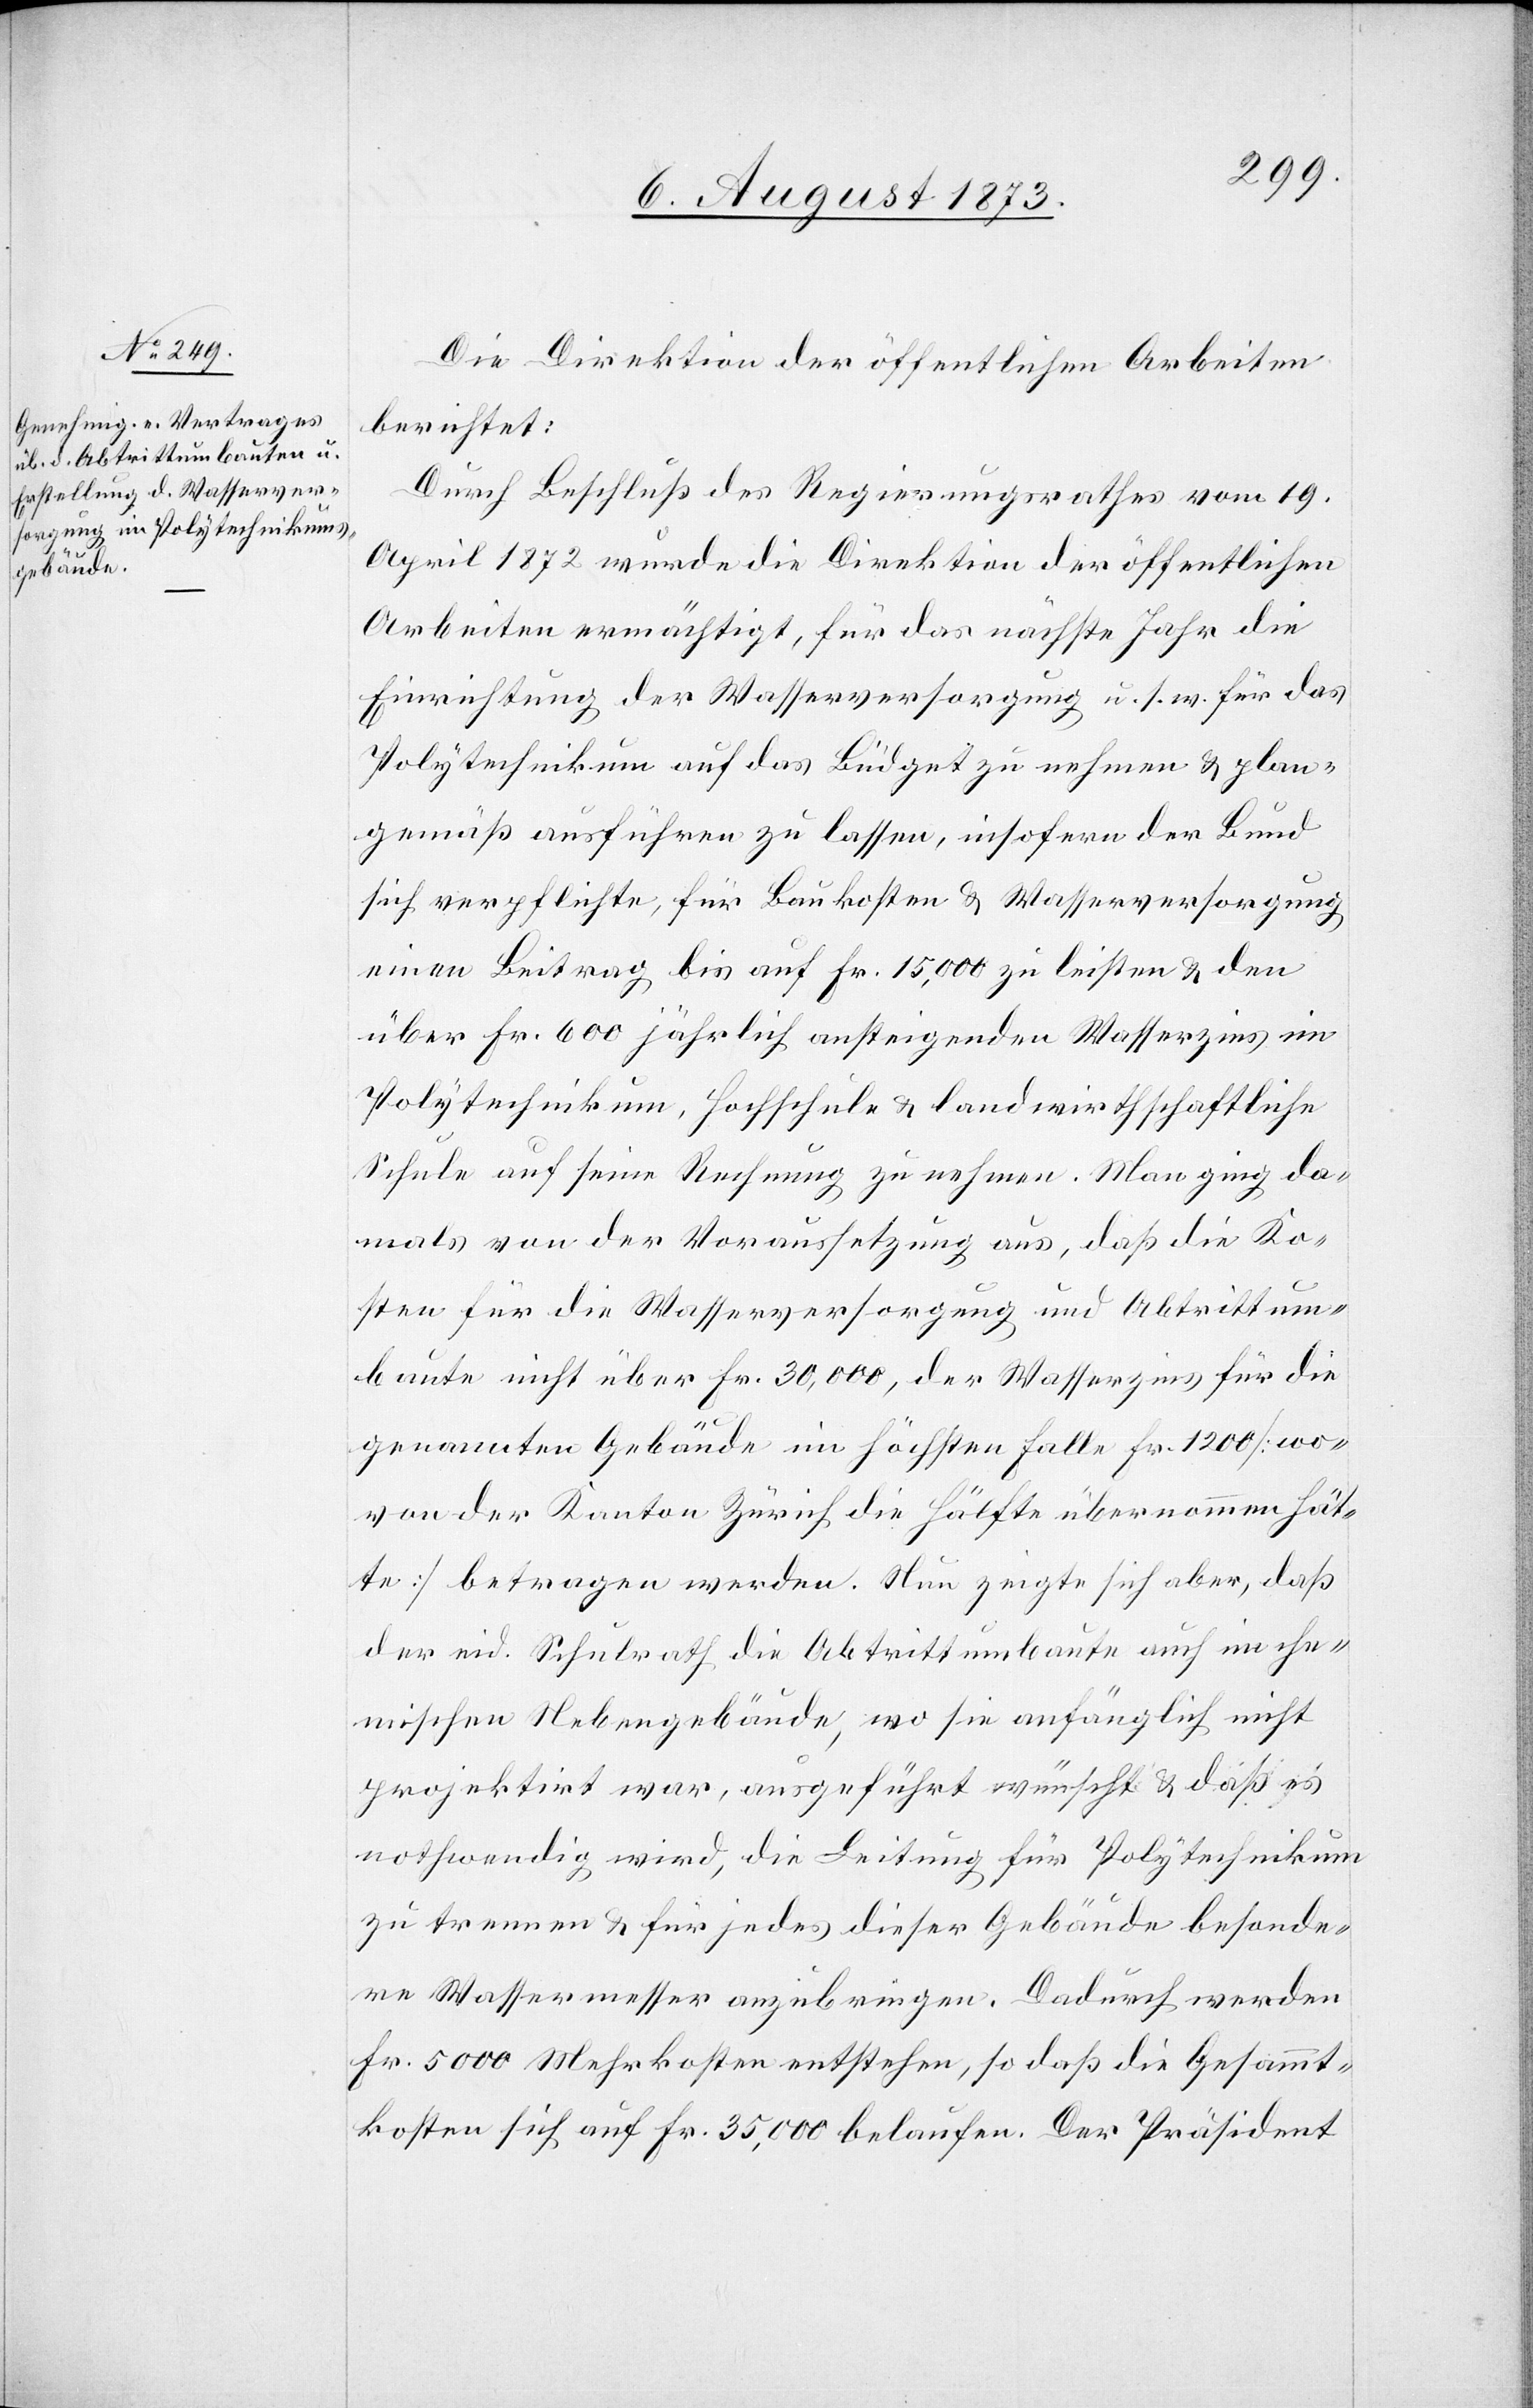
Die Direktion der öffentlichen Arbeiten
berichtet:
Durch Beschluß des Regierungsrathes vom 19.
April 1872 wurde die Direktion der öffentlichen
Arbeiten ermächtigt, für das nächste Jahr die
Einrichtung der Wasserversorgung u. s. w. für das
Polytechnikum auf das Büdget zu nehmen & plan¬
gemäß ausführen zu lassen, insofern der Bund
sich verpflichte, für Baukosten & Wasserversorgung
einen Beitrag bis auf Fr. 15,000 zu leisten & den
über Fr. 600 jährlich ansteigenden Wasserzins im
Polytechnikum, Hochschule & landwirthschaftliche
Schule auf seine Rechnung zu nehmen. Man ging da¬
mals von der Voraussetzung aus, daß die Ko¬
sten für die Wasserversorgung und Abtrittum¬
baute nicht über Fr. 30,000, der Wasserzins für die
genannten Gebäude im höchsten Falle Fr. 1 200 [wo¬
von der Kanton Zürich die Hälfte übernommen hät¬
te] betragen werden. Nun zeigte sich aber, daß
der eid. Schulrath die Abtrittumbaute auch im che¬
mischen Nebengebäude, wo sie anfänglich nicht
projektirt war, ausgeführt wünscht & daß es
nothwendig wird, die Leitung für Polytechnikum
zu trennen & für jedes dieser Gebäude besonde¬
re Wassermesser anzubringen. Dadurch werden
Fr. 5 000 Mehrkosten entstehen, so daß die Gesammt¬
kosten sich auf Fr. 35,000 belaufen. Der Präsident